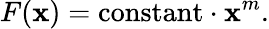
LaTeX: F(\mathbf{x})=\mathrm{{constant}}\cdot\mathbf{x}^{m}.